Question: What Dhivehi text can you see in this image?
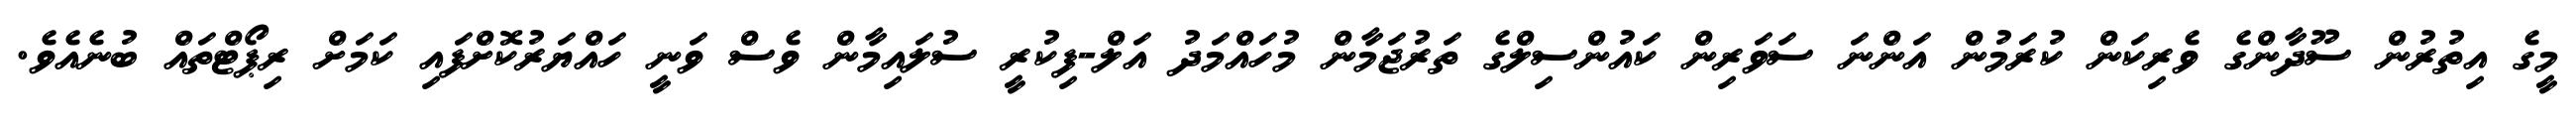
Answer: މީގެ އިތުރުން ސޫދާންގެ ވެރިކަން ކުރަމުން އަންނަ ސަވަރިން ކައުންސިލްގެ ތަރުޖަމާން މުހައްމަދު އަލް-ފިކުރީ ސުލައިމާން ވެސް ވަނީ ހައްޔަރުކޮށްފައި ކަމަށް ރިޕޯޓްތައް ބުނެއެވެ.